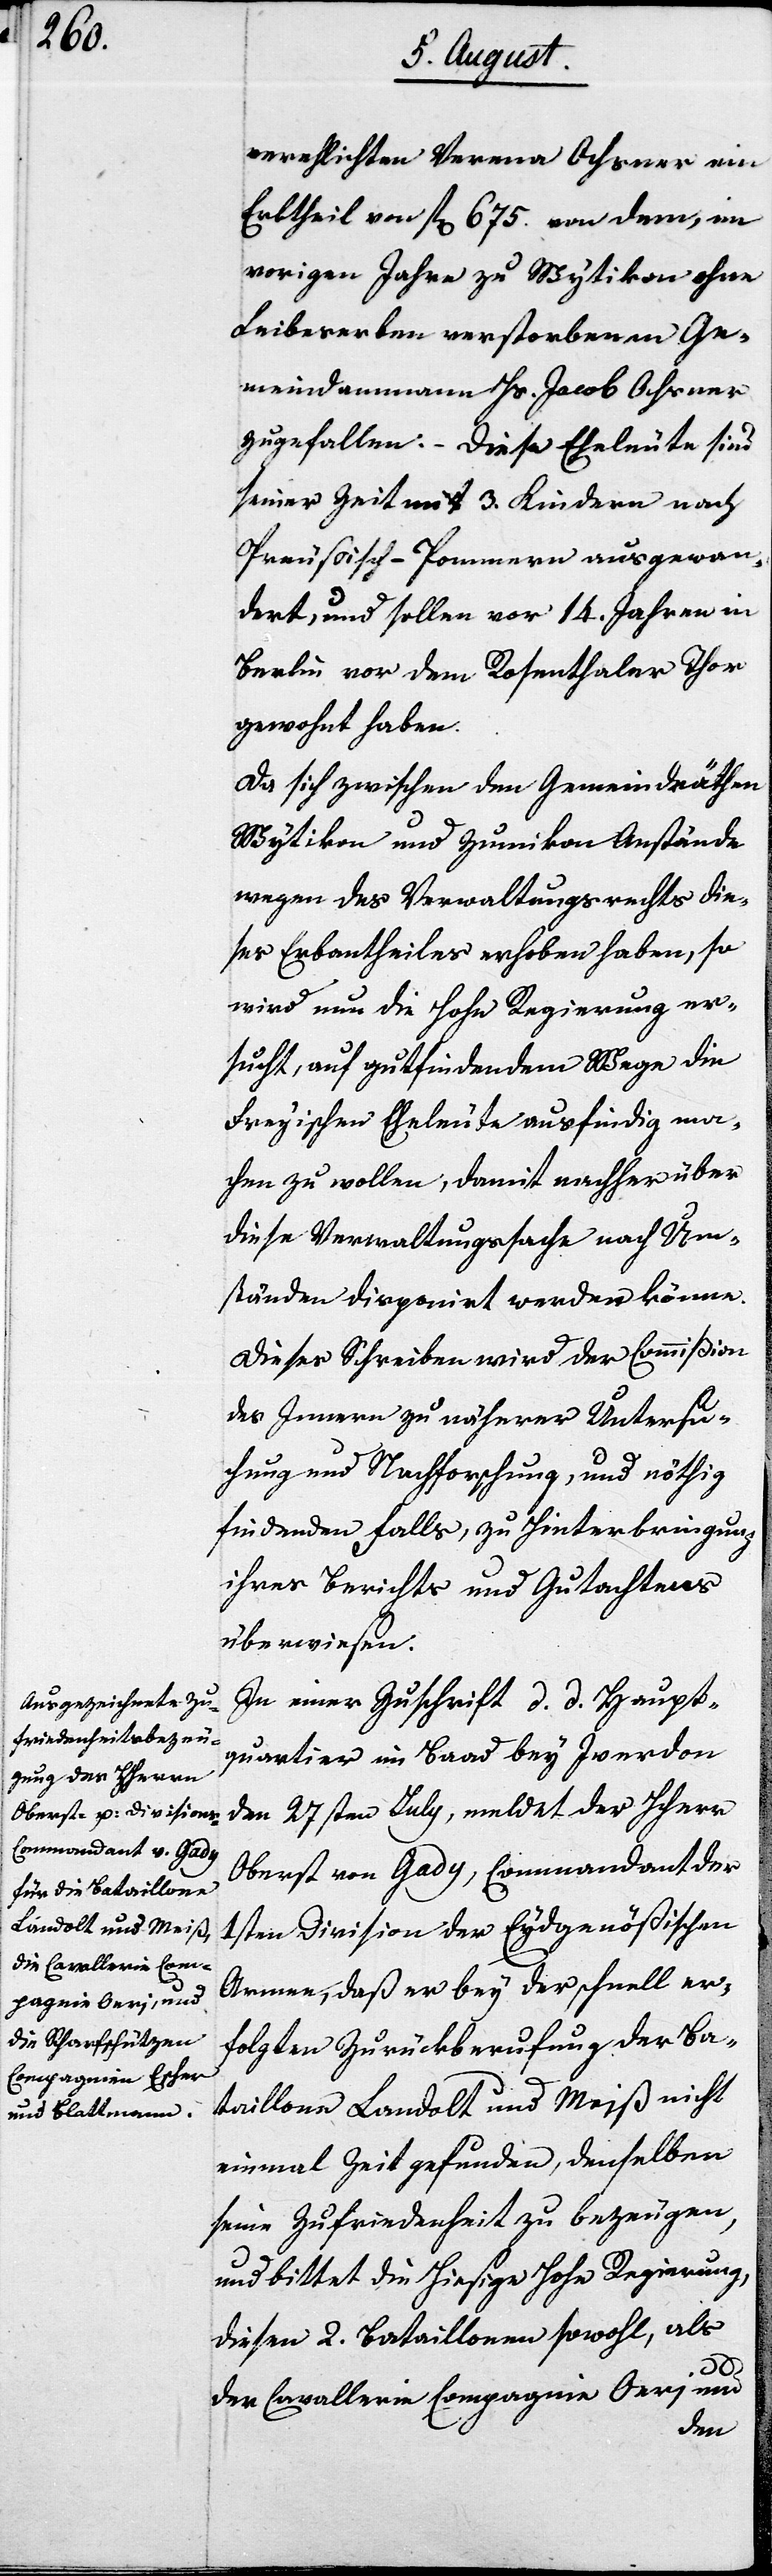
verehlichten Verena Ochsner ein
Erbtheil von fl 675 von dem, im
vorigen Jahre zu Wytikon ohne
Leibeserben verstorbenen Ge¬
meindammann Hs. Jacob Ochsner
zugefallen. – Diese Eheleute sind
seiner Zeit mit 3 Kindern nach
Preußisch-Pommern ausgewan¬
dert, und sollen vor 14 Jahren in
Berlin vor dem Rosenthaler Thor
gewohnt haben.
Da sich zwischen den Gemeindräthen
Wytikon und Zumikon Anstände
wegen des Verwaltungrechts die¬
ses Erbantheiles erhoben haben, so
wird nun die Hohe Regierung er¬
sucht, auf gutheißendem Wege die
Freyischen Eheleute ausfindig ma¬
chen zu wollen, damit nachher über
diese Verwaltungssache nach Um¬
ständen disponiert werden könne.
Dieses Schreiben wird der Commißion
des Innern zu näherer Untersu¬
chung und Nachforschung, und nöthig
findenden Falls, zu Hinterbringung
ihres Berichts und Gutachtens
überwiesen.
In einer Zuschrift d. d. Haupt¬
quartier im Baad bey Iverdon
den 27sten July, meldet der HHerr
Oberst von Gady, Commandant der
1sten Division der Eydgenößischen
Armee, daß er bey der schnell er¬
folgten Zurückberufung der Ba¬
taillons Landolt und Meiß nicht
einmal Zeit gefunden, denselben
seine Zufriedenheit zu bezeugen,
und bittet die Hiesige Hohe Regierung,
diesen 2 Bataillonen sowohl, als
der Cavallerie Compagnie Oeri und